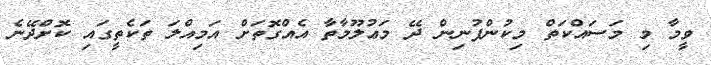
ވީމާ މި މަސައްކަތް މިކުންފުނިން ދޭ މަޢުލޫމާތާ އެއްގޮތަށް އަމިއްލަ ތަކެތީގައި ކޮށްދޭނެ